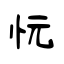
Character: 忨